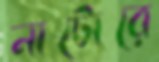
নাটোরে